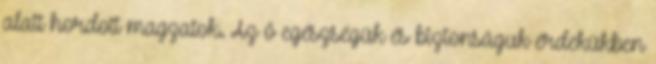
alatt hordott magzatok. Az ő egészségük és biztonságuk érdekükben